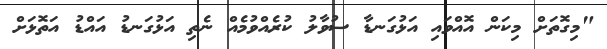
"މިގޮތަށް މިކަން އޮއްވައި އަޅުގަނޑާ ސުވާލު ކުރެއްވުމެއް ނެތި އަޅުގަނޑު އައްޑު އަތޮޅަށް